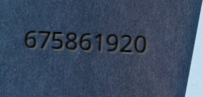
675861920